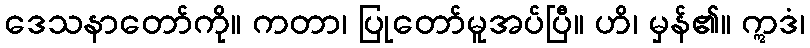
ဒေသနာတော်ကို။ ကတာ၊ ပြုတော်မူအပ်ပြီ။ ဟိ၊ မှန်၏။ ဣဒံ၊